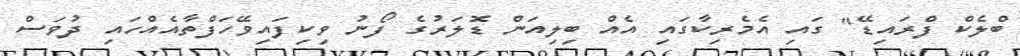
ބްލެކް ފްރައިޑޭ" ގައި އެމެރިކާގައި އެއް ބިލިއަން ޑޮލަރުގެ ފޯނު ވިކިފައިވޭހަފްތާއެއްހައި ދުވަސް